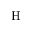
\mathrm { H }